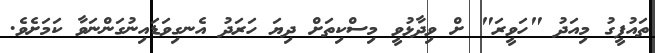
ތައުފީގު މިއަދު "ހަވީރަ" ށް ވިދާޅުވީ މިސްކިތަށް ދިޔަ ހަރަދު އެނގިވަޑައިނުގަންނަވާ ކަމަށެވެ.